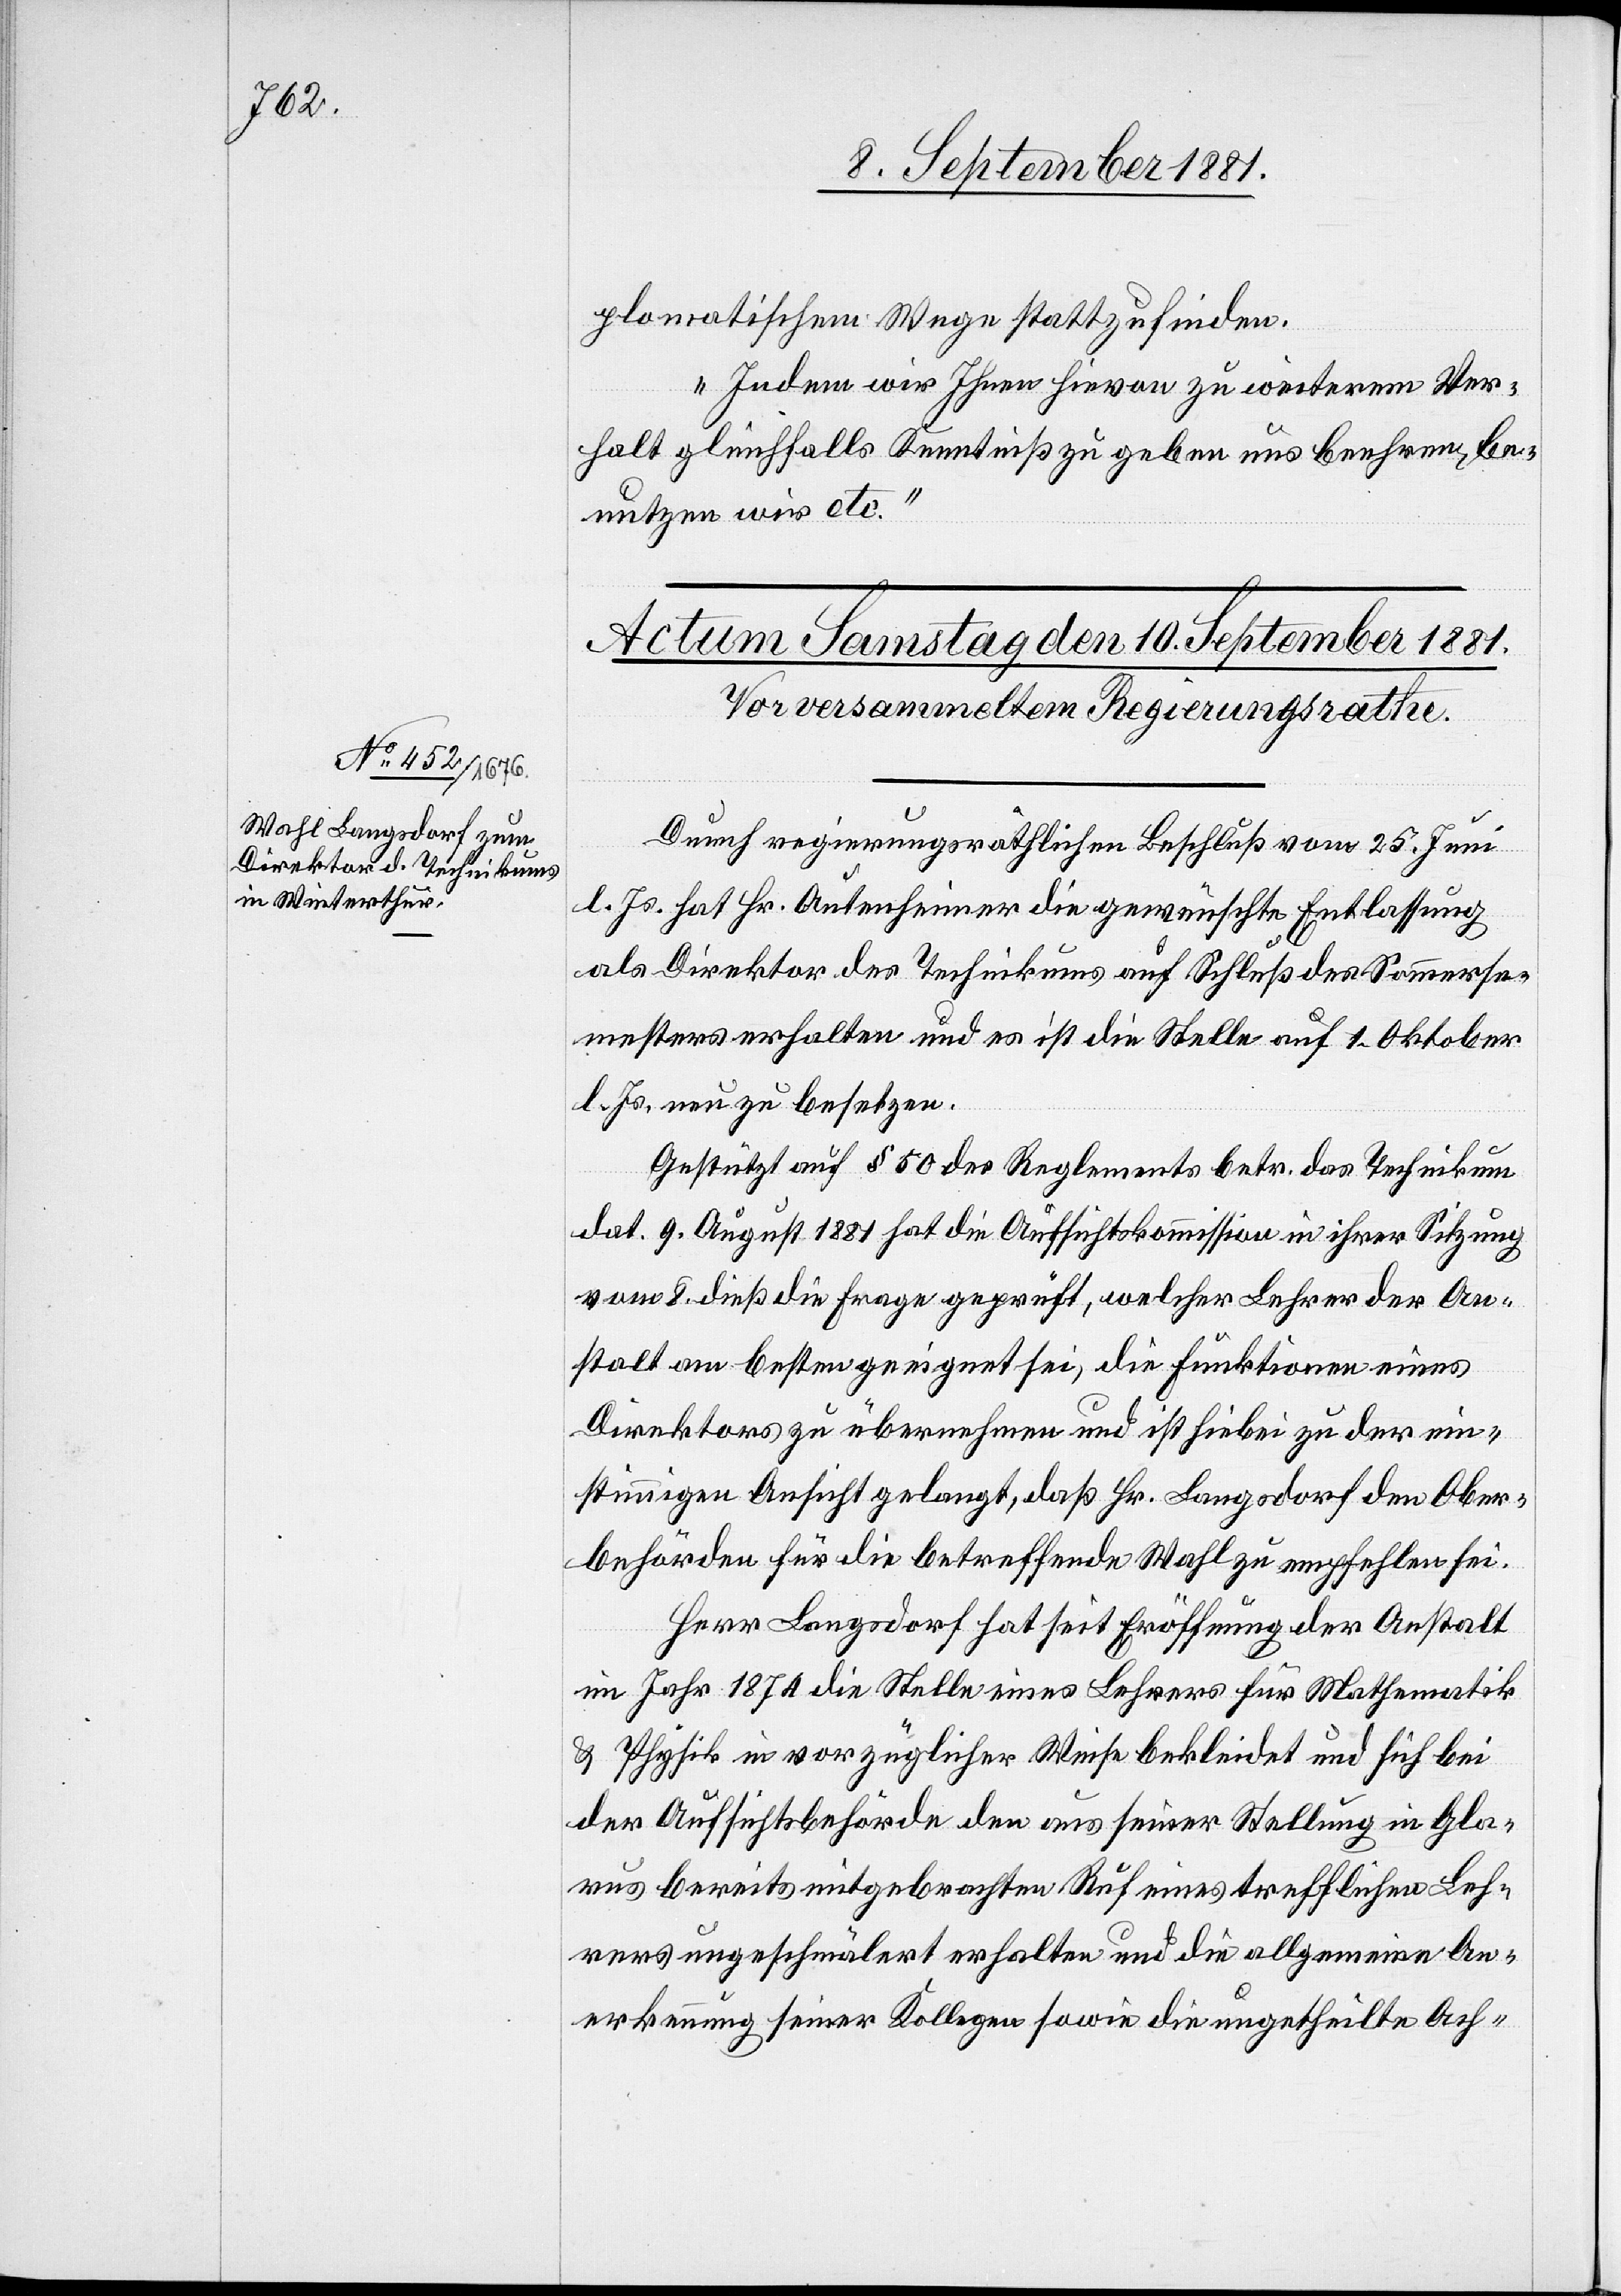
Durch regierungsräthlichen Beschluß vom 25. Juni
l. Js. hat Hr. Autenheimer die gewünschte Entlassung
als Direktor des Technikums auf Schluß des Sommerse¬
mesters erhalten und es ist die Stelle auf 1. Oktober
l. Js. neu zu besetzen.
Gestützt auf § 50 des Reglements betr. das Technikum
dat. 9. August 1881 hat die Aufsichtskommission in ihrer Sitzung
vom 8. dieß die Frage geprüft, welcher Lehrer der An¬
stalt am besten geeignet sei, die Funktionen eines
Direktors zu übernehmen und ist hiebei zu der ein¬
stimmigen Ansicht gelangt, daß Hr. Langsdorf den Ober¬
behörden für die betreffende Wahl zu empfehlen sei.
Herr Langsdorf hat seit Eröffnung der Anstalt
im Jahr 1874 die Stelle eines Lehrers für Mathematik
& Physik in vorzüglicher Weise bekleidet und sich bei
der Aufsichtsbehörde den aus seiner Stellung in Gla¬
rus bereits mitgebrachten Ruf eines trefflichen Leh¬
rers ungeschmälert erhalten und die allgemeine An¬
erkennung seiner Kollegen sowie die ungetheilte Ach-